Annual report of the Civil Veterinary Department, Bengal, and of the Bengal Veterinary College for the year 1903-1904 - 1903-1904
Year: 1903
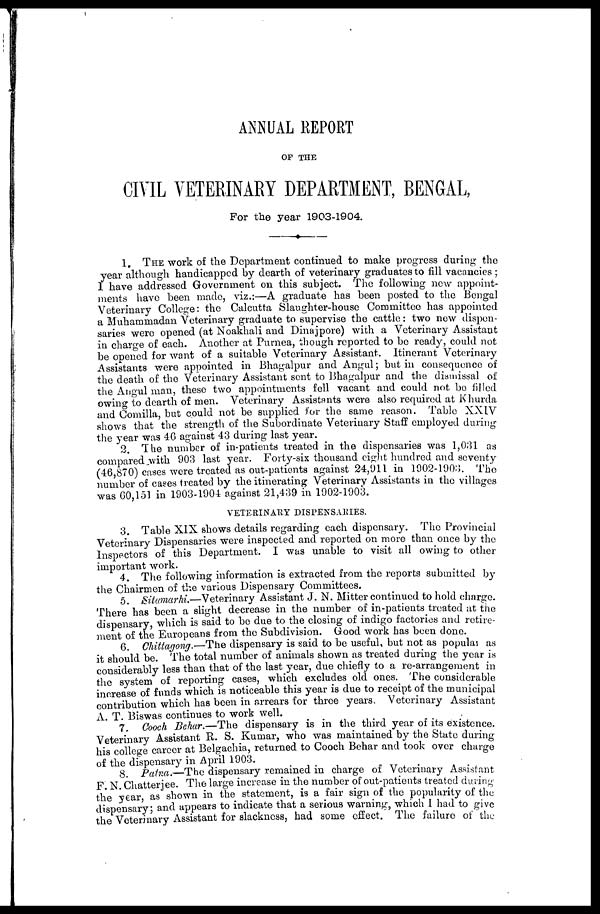
ANNUAL REPORT
OF THE
CIVIL VETERINARY DEPARTMENT, BENGAL,
For the year 1903-1904.
♦
1. THE work of the Department continued to make progress during the
year although handicapped by dearth of veterinary graduates to fill vacancies ;
I have addressed Government on this subject. The following new appoint
ments have been made, viz.:—A graduate has been posted to the Bengal
Veterinary College: the Calcutta Slaughter-house Committee has appointed
a Muhammadan Veterinary graduate to supervise the cattle: two new dispen
saries were opened (at Noakhali and Dinajpore) with a Veterinary Assistant
in charge of each. Another at Purnea, though reported to be ready, could not
be opened for want of a suitable Veterinary Assistant. Itinerant Veterinary
Assistants were appointed in Bhagalpur and Angul; but in consequence of
the death of the Veterinary Assistant sent to Bhagalpur and the dismissal of
the Angul man, these two appointments fell vacant and could not bo filled
owing to dearth of men. Veterinary Assistants were also required at Khurda
and Comilla, but could not be supplied for the same reason. Table XXIV
shows that the strength of the Subordinate Veterinary Staff employed during
the year was 46 against 43 during last year.
2. The number of in-patients treated in the dispensaries was 1,031 as
compared with 903 last year. Forty-six thousand eight hundred and seventy
(46,870) cases were treated as out-patients against 24,914 in 1902-1903. The
number of cases treated by the itinerating Veterinary Assistants in the villages
was 60,151 in 1903-1904 against 21,439 in 1902-1903.
VETERINARY DISPENSARIES.
3. Table XIX shows details regarding each dispensary. The Provincial
Veterinary Dispensaries were inspected and reported on more than once by the
Inspectors of this Department. I was unable to visit all owing to other
important work.
4. The following information is extracted from the reports submitted by
the Chairmen of the various Dispensary Committees.
5. Sitamarhi.—Veterinary Assistant J. N. Mitter continued to hold charge.
There has been a slight decrease in the number of in-patients treated at the
dispensary which is said to be due to the closing of indigo factories and retire
ment of the Europeans from the Subdivision. Good work has been done.
6. Chittagong.—The dispensary is said to be useful, but not as popular as
it should be. The total number of animals shown as treated during the year is
considerably less than that of the last year, due chiefly to a re-arrangement in
the system of reporting cases, which excludes old ones. The considerable
increase of funds which is noticeable this year is due to receipt of the municipal
contribution which has been in arrears for three years. Veterinary Assistant
A. T. Biswas continues to work well.
7
Cooch Behar.—The dispensary is in the third year of its existence.
Veterinary Assistant R. S. Kumar, who was maintained by the State during
his college career at Belgachia, returned to Cooch Behar and took over charge
of the dispensary in April 1903.
8. Patna. —The dispensary remained in charge of Veterinary Assistant
F. N. Chatterjee. The large increase in the number of out-patients treated during
the year as shown in the statement, is a fair sign of the popularity of the
dispensary; and appears to indicate that a serious warning, which 1 had to give
the Veterinary Assistant for slackness, had some effect. The failure of the